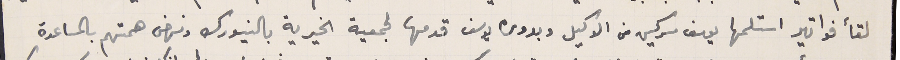
لقأ فواتير استلمها يوسف سركيس من الوكيل وبدوره يوسف قدمها لجمعية الخيرية بالنيورك ونهض همتهم بالمساعدة